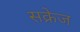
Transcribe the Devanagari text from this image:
सक्रेज